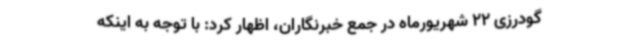
گودرزی 22 شهریورماه در جمع خبرنگاران، اظهار کرد: با توجه به اینکه